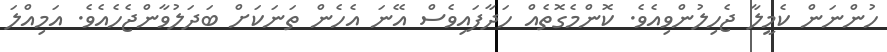
ހުންނަން ކެމީލާ ޖެހިލުންވިއެވެ. ކޮންމެގޮތެއް ހަދާފައިވެސް އޭނަ އެހެން ތަނަކަށް ބަދަލުވާންޖެހެއެވެ. އަމިއްލަ